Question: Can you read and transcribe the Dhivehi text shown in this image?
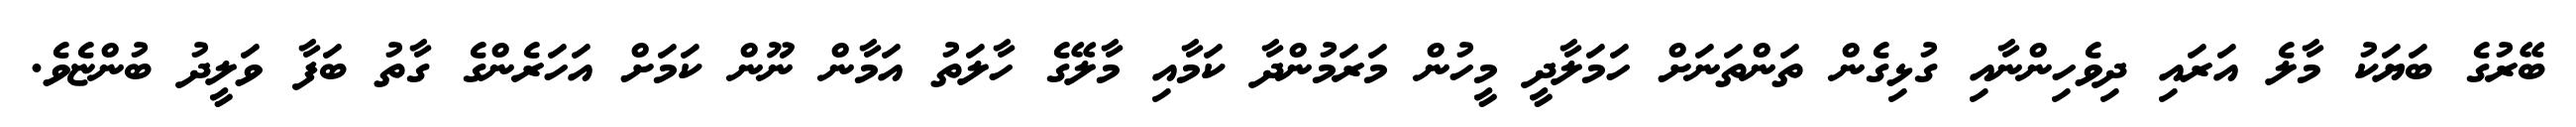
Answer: ބޭރުގެ ބަޔަކު މާލެ އަރައި ދިވެހިންނާއި ގުޅިގެން ތަންތަނަށް ހަމަލާދީ މީހުން މަރަމުންދާ ކަމާއި މާލޭގެ ހާލަތު އަމާން ނޫން ކަމަށް އަހަރެންގެ ގާތު ބަފާ ވަލީދު ބުންޏެވެ.